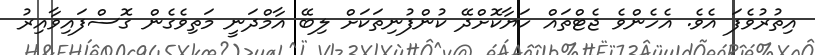
އިތުރުވެފަ އެވެ. އެހެންވެ ޖެޓްތައް ހަޔާކޮށްދޭ ކުންފުނިތަކަށް ލިބޭ އާމްދަނީ މަތިވެގެން ގޮސްފައިވާއިރު